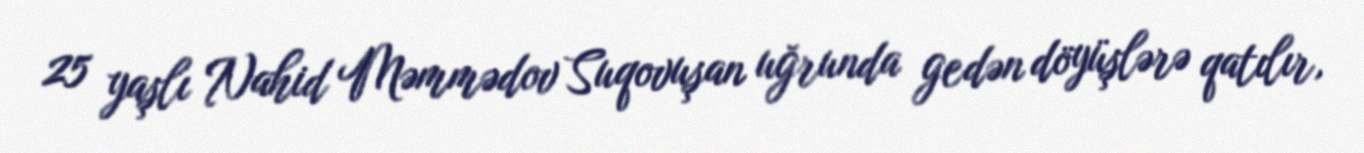
25 yaşlı Nahid Məmmədov Suqovuşan uğrunda gedən döyüşlərə qatılır,